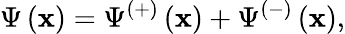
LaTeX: \Psi\left(\mathbf{x}\right)=\Psi^{\left(+\right)}\left(\mathbf{x}\right)+\Psi^{\left(-\right)}\left(\mathbf{x}\right),